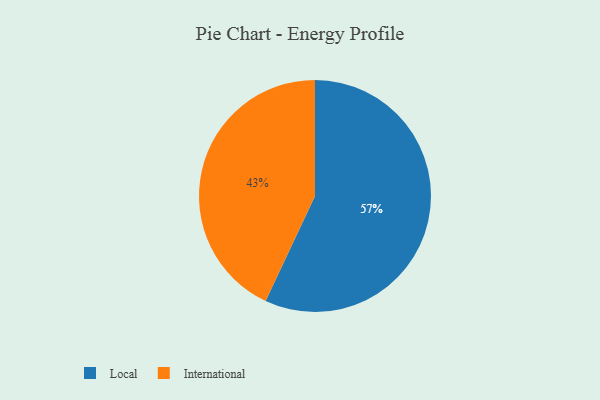
{"axis": {"x": "Category", "y": "Percentage"}, "legend": ["International", "Local"], "data": [{"x": "Local", "y": 57, "type": "Local"}, {"x": "International", "y": 43, "type": "International"}]}